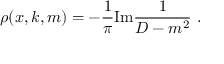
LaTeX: \rho ( x , k , m ) = - \frac { 1 } { \pi } \mathrm { { I m } } \frac { 1 } { D - m ^ { 2 } } \ .